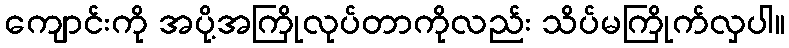
ကျောင်းကို အပို့အကြိုလုပ်တာကိုလည်း သိပ်မကြိုက်လှပါ။